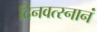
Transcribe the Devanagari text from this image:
दिनवत्स्नानं